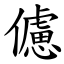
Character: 儢